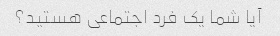
آیا شما یک فرد اجتماعی هستید؟